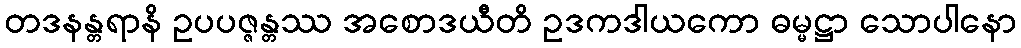
တဒနန္တရာနိ ဥပပဇ္ဇန္တဿ အစောဒယီတိ ဥဒကဒါယကော ဓမ္မဋ္ဌာ သောပါနော